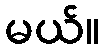
မယ်။